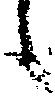
候